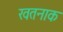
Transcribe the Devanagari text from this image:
खतनाक